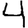
Digit: 4